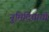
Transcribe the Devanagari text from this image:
नुमिदियायी